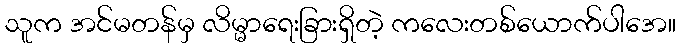
သူက အင်မတန်မှ လိမ္မာရေးခြားရှိတဲ့ ကလေးတစ်ယောက်ပါအေ။